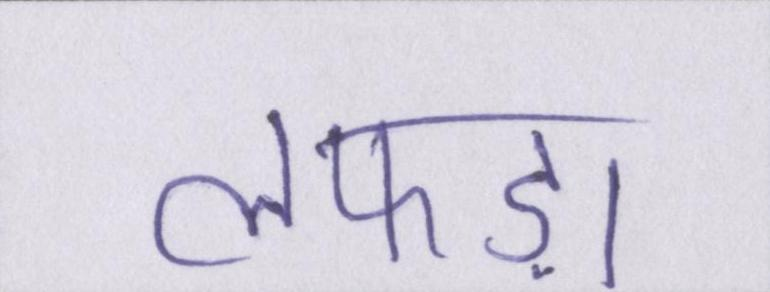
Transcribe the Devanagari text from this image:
लफड़ा